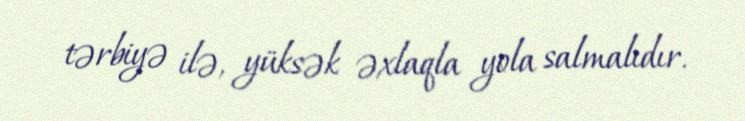
tərbiyə ilə, yüksək əxlaqla yola salmalıdır.